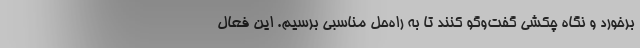
برخورد و نگاه چکشی گفت‌وگو کنند تا به راه‌حل مناسبی برسیم. این فعال